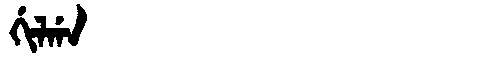
Manchu: ᡤᡳᠯᡤᠠ
Romanization: GILGA